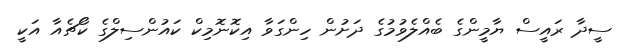
ސީދާ ރައީސް ޔާމީންގެ ބެއްލެވުމުގެ ދަށުން ހިންގަވާ އިކޮނޮމިކް ކައުންސިލްގެ ކޯޗެއާ އަކީ